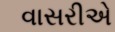
વાસરીએ